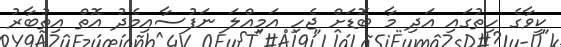
ކީވާގެ ހިތުގައި އަދި މާ ބޮޑަށް ޖެހި އަމިއްލަ ނަފުސާއިމެދު އޮތް އިތުބާރު